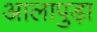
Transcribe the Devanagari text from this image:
आलापुड़ा